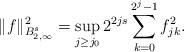
LaTeX: \begin{align*}\|f\|_{B_{2,\infty}^s}^2=\sup_{j\geq j_0} 2^{2js}\sum_{k=0}^{2^j-1}f_{jk}^2.\end{align*}